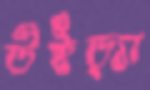
উইড়্যা